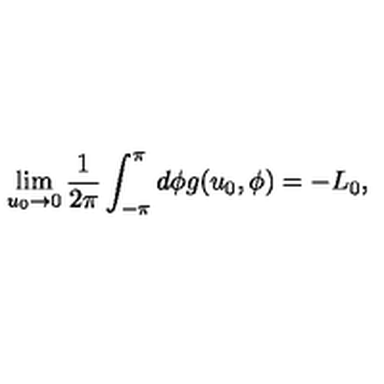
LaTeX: \lim _ { u _ { 0 } \rightarrow 0 } \frac { 1 } { 2 \pi } \int _ { - \pi } ^ { \pi } d \phi g ( u _ { 0 } , \phi ) = - L _ { 0 } ,